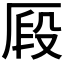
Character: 𠩻